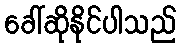
ခေါ်ဆိုနိုင်ပါသည်